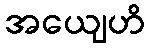
အယျေဟိ